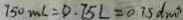
7 5 0 m l = 0 . 7 5 L = 0 . 7 5 d m ^ { 3 }